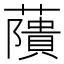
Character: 藬